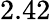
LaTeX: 2.42